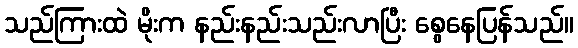
သည်ကြားထဲ မိုးက နည်းနည်းသည်းလာပြီး စွေနေပြန်သည်။